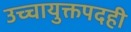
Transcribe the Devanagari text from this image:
उच्चायुक्तपदही